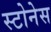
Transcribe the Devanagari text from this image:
स्टोनेस